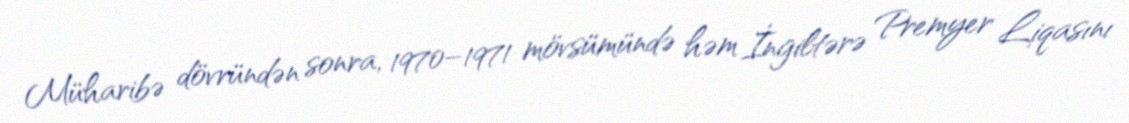
Müharibə dövründən sonra, 1970–1971 mövsümündə həm İngiltərə Premyer Liqasını